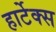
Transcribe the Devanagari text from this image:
हार्टेक्स